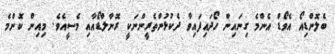
ބެލޮންޑިއޯ އެވޯޑް އެންމެ ގިނައިން ހޯދައިފައިވާ ދެކުޅުންތެރީންނަކީ ރޮނާލްޑޯއާއި މެސީއެވެ. މިއިން ކޮންމެ